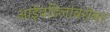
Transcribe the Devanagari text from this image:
आईवडिलांबरोबर